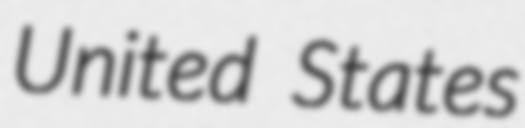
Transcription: United States